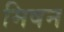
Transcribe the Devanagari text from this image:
मिषन